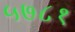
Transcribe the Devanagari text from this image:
५७८१